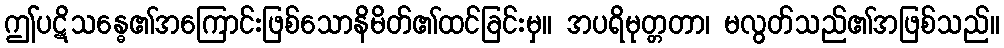
ဤပဋိသန္ဓေ၏အကြောင်းဖြစ်သောနိမိတ်၏ထင်ခြင်းမှ။ အပရိမုတ္တတာ၊ မလွတ်သည်၏အဖြစ်သည်။